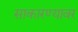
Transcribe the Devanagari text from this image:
साकारण्यावर